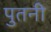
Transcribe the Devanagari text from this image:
पुतनी